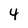
Character: 4